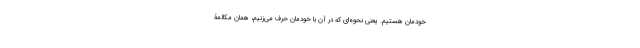
خودمان هستیم. یعنی نحوه‌ای که در آن با خودمان حرف می‌زنیم، همان مکالمۀ